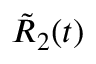
{ \tilde { R } } _ { 2 } ( t )